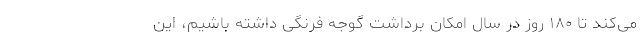
می‌کند تا ۱۸۰ روز در سال امکان برداشت گوجه فرنگی داشته باشیم، این